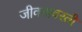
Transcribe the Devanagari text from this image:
जीवनावरती